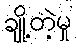
ချို့တဲ့မှု